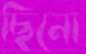
ছিনো